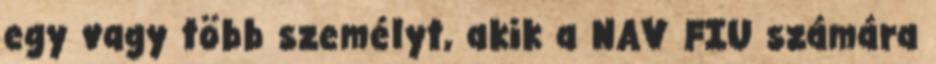
egy vagy több személyt, akik a NAV FIU számára